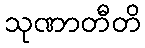
သုဏာတီတိ